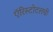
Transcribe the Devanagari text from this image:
ऍरिस्टोटलची